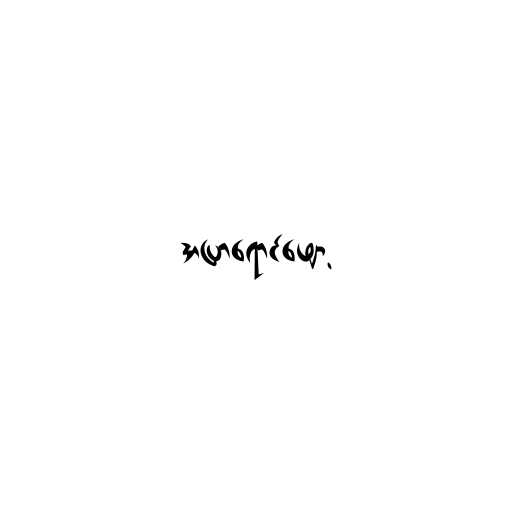
အပြာရောင်ဖျော့